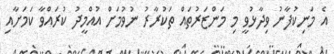
އެ މަނިކުފާނު ވިދާޅުވީ މި މަންޒަރުތައް ތަކުރާރު ނުވުމަށް އުއްމީދު ކުރައްވާ ކަމަށާއި